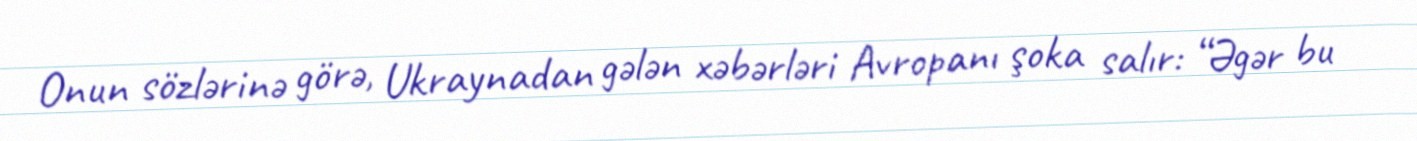
Onun sözlərinə görə, Ukraynadan gələn xəbərləri Avropanı şoka salır: “Əgər bu